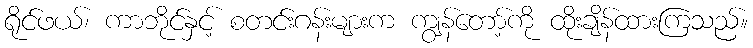
ရိုင်ဖယ်၊ ကာဘိုင်နှင့် စတင်းဂန်းများက ကျွန်တော့်ကို ထိုးချိန်ထားကြသည်။